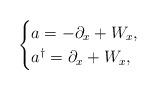
LaTeX: \begin{align*}\begin{cases}a = -\partial_x + W_x , \\a^{\dagger} = \partial_x + W_x ,\end{cases}\end{align*}